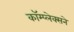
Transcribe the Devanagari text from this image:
कॉम्प्लेक्सने